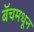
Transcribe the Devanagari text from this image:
बॅचमधून